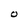
Character: O